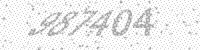
Solution: 987404